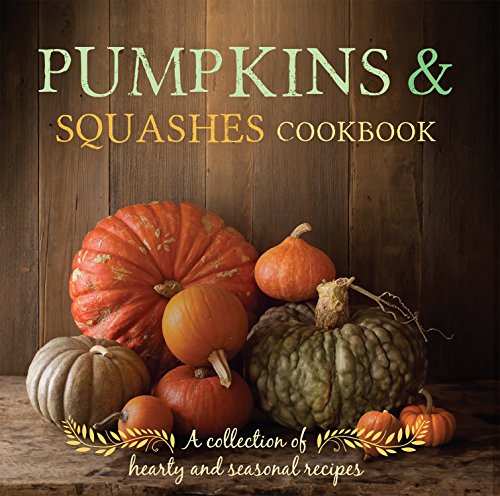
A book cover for Pumpkins & Squashes Cookbook; Parragon Books; Cookbooks, Food & Wine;